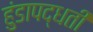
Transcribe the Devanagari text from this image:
हुंडापद्धती